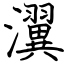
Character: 瀷